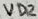
Text: VD2